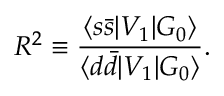
R ^ { 2 } \equiv \frac { \langle s \bar { s } | V _ { 1 } | G _ { 0 } \rangle } { \langle d \bar { d } | V _ { 1 } | G _ { 0 } \rangle } .